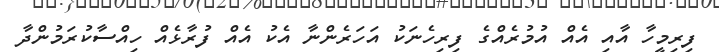
ފިރިމީހާ އާއި އެއް އުމުރެއްގެ ފިރިހެނަކު އަހަރެންނާ އެކު އެއް ފުރާޅެއް ހިއްސާކުރަމުންދާ